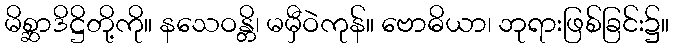
မိစ္ဆာဒိဋ္ဌိတို့ကို။ နသေဝန္တိ၊ မမှီဝဲကုန်။ ဗောဓိယာ၊ ဘုရားဖြစ်ခြင်း၌။